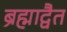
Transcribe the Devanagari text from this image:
ब्रह्माद्वैत